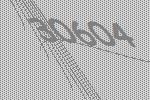
30604